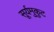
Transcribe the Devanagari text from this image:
सूर्यमुकुट